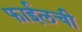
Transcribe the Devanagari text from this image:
फाईलची